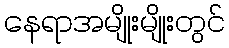
နေရာအမျိုးမျိုးတွင်